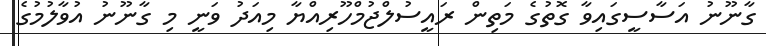
ގާނޫނު އަސާސީގައިވާ ގޮތުގެ މަތިން ރައީސުލްޖުމްހޫރިއްޔާ މިއަދު ވަނީ މި ގާނޫނު އުވާލުމުގެ